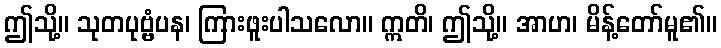
ဤသို့။ သုတပုဗ္ဗံပန၊ ကြားဖူးပါသလော။ ဣတိ၊ ဤသို့။ အာဟ၊ မိန့်တော်မူ၏။